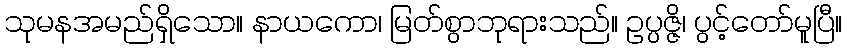
သုမနအမည်ရှိသော။ နာယကော၊ မြတ်စွာဘုရားသည်။ ဥပ္ပဇ္ဇိ၊ ပွင့်တော်မူပြီ။